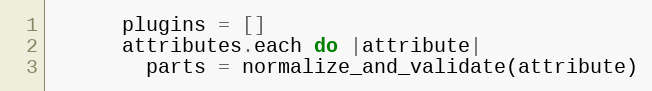
Language: Ruby
      plugins = []
      attributes.each do |attribute|
        parts = normalize_and_validate(attribute)